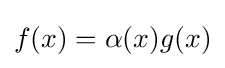
f(x)=\alpha (x)g(x)